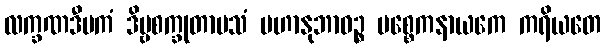
လက္ခဏဒီပကံ ဒိဗ္ဗစက္ခုတာပသံ မဟာနုဘာဝဉ္စ ပစ္စေကနာယကေ ကရိယတေ